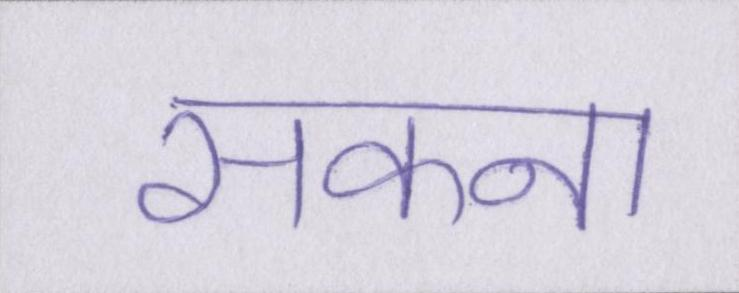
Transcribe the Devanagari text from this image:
सकना